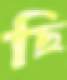
ছি